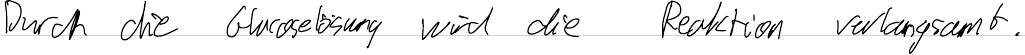
Durch die Glucoselösung wird die Reaktion verlangsamt.